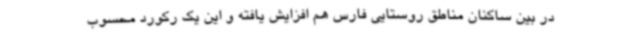
در بین ساکنان مناطق روستایی فارس هم افزایش یافته و این یک رکورد محسوب